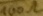
Text: 100Ω